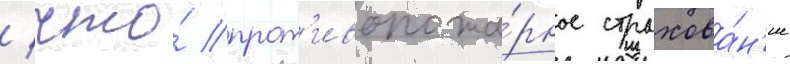
/ что́ прот'ивопожа́рное страхова́н'ие